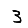
Digit: 3